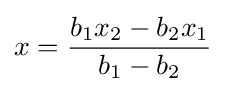
x={\frac {b_{1}x_{2}-b_{2}x_{1}}{b_{1}-b_{2}}}